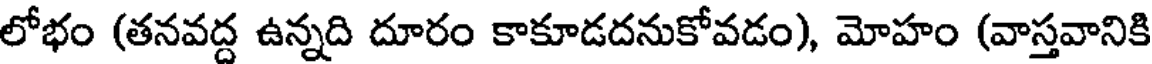
లోభం (తనవద్ద ఉన్నది దూరం కాకూడదనుకోవడం), మోహం (వాస్తవానికి